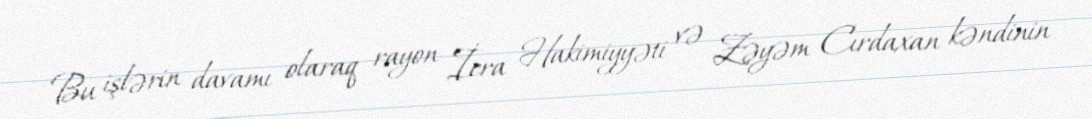
Bu işlərin davamı olaraq rayon İcra Hakimiyyəti və Zəyəm Cırdaxan kəndinin